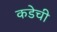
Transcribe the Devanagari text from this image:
कडेची